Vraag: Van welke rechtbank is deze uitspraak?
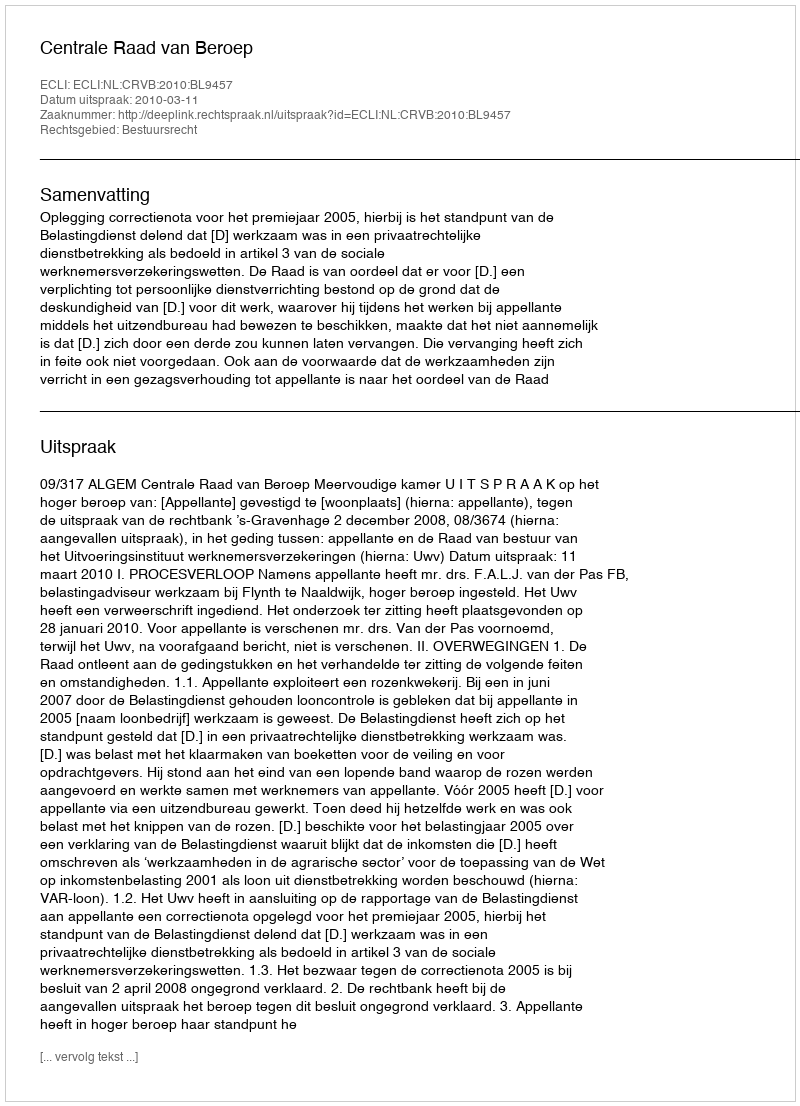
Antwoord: Centrale Raad van Beroep